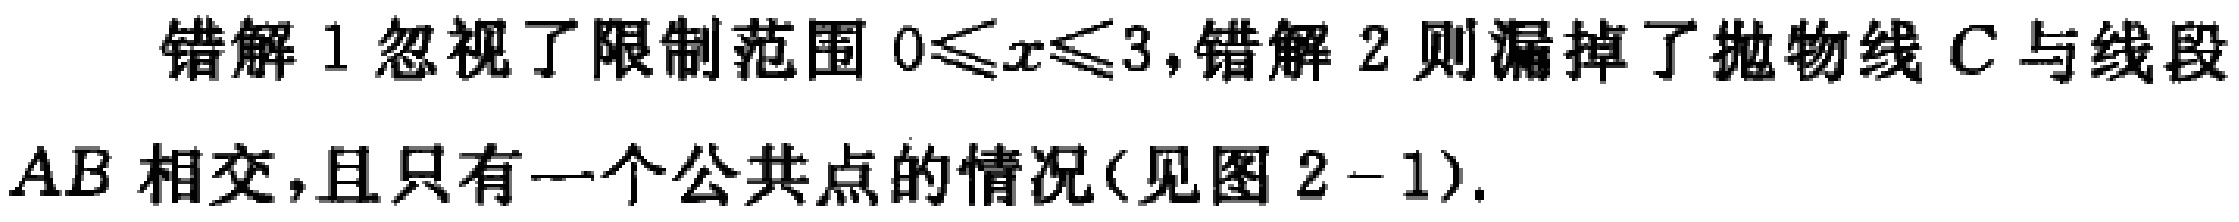
错解 1 忽视了限制范围 \(0\leqslant x\leqslant3\)，错解 2 则漏掉了抛物线 \(C\) 与线段 \(AB\) 相交，且只有一个公共点的情况(见图 \(2 - 1\))。